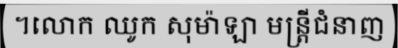
។លោក ឈូក សុម៉ាឡា មន្ត្រីជំនាញ